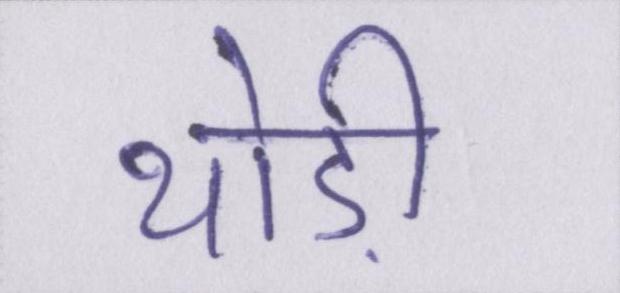
थोड़ी